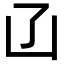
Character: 𠙶